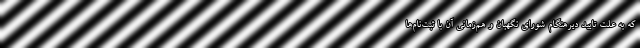
که به علت تایید دیرهنگام شورای نگهبان و هم‌زمانی آن با ثبت‌نام‌ها